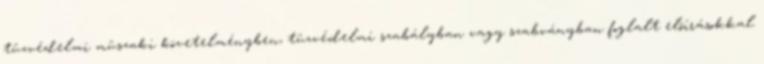
tûzvédelmi mûszaki követelményben, tûzvédelmi szabályban vagy szabványban foglalt elõírásokkal